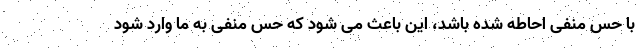
با حس منفی احاطه شده باشد، این باعث می شود که حس منفی به ما وارد شود